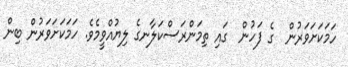
ހަމަކަށަވަރުން  ގެ ފަހުން  ގައި ތިމަންރަސްކަލާނގެ ލިޔުއްވީމެވެ. ހަމަކަށަވަރުން ބިން